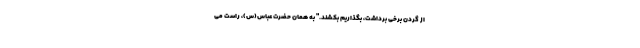
از گردن برخی برداشت، بگذاریم بکشند." به همان حضرت عباس(س)، راست می